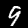
Digit: 9